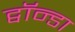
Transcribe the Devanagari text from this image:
ट्वॉन्डा